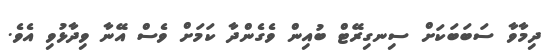
ދިމާވާ ސަބަބަކަށް ސިނގިރޭޓް ބުއިން ވެގެންދާ ކަމަށް ވެސް އޭނާ ވިދާޅުވި އެވެ.